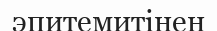
эпитемитінен